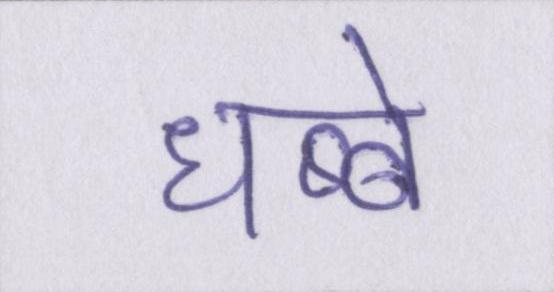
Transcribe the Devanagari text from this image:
धब्बे